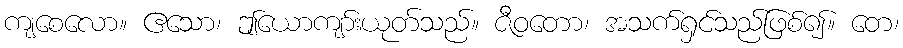
ကျစေလော။ ဧသော၊ ဤယောကျာ်းယုတ်သည်။ ဇီဝတော၊ အသက်ရှင်သည်ဖြစ်၍။ တေ၊